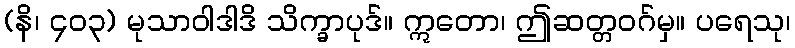
(နိ၊ ၄၀၃) မုသာဝါဒါဒိ သိက္ခာပုဒ်။ ဣတော၊ ဤဆတ္တဝဂ်မှ။ ပရေသု၊